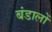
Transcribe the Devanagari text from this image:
बंडालों